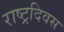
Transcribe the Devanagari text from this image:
राष्ट्रदिवस